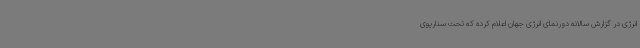
انرژی در گزارش سالانه دورنمای انرژی جهان اعلام کرده که تحت سناریوی